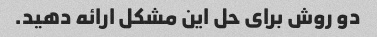
دو روش برای حل این مشکل ارائه دهید.